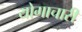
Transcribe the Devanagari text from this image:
योगाचारी